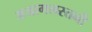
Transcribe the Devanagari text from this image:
अजागलस्तनी